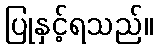
ပြုနှင့်ရသည်။